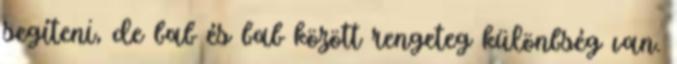
segíteni, de bab és bab között rengeteg különbség van.